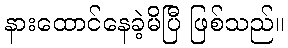
နားထောင်နေခဲ့မိပြီ ဖြစ်သည်။